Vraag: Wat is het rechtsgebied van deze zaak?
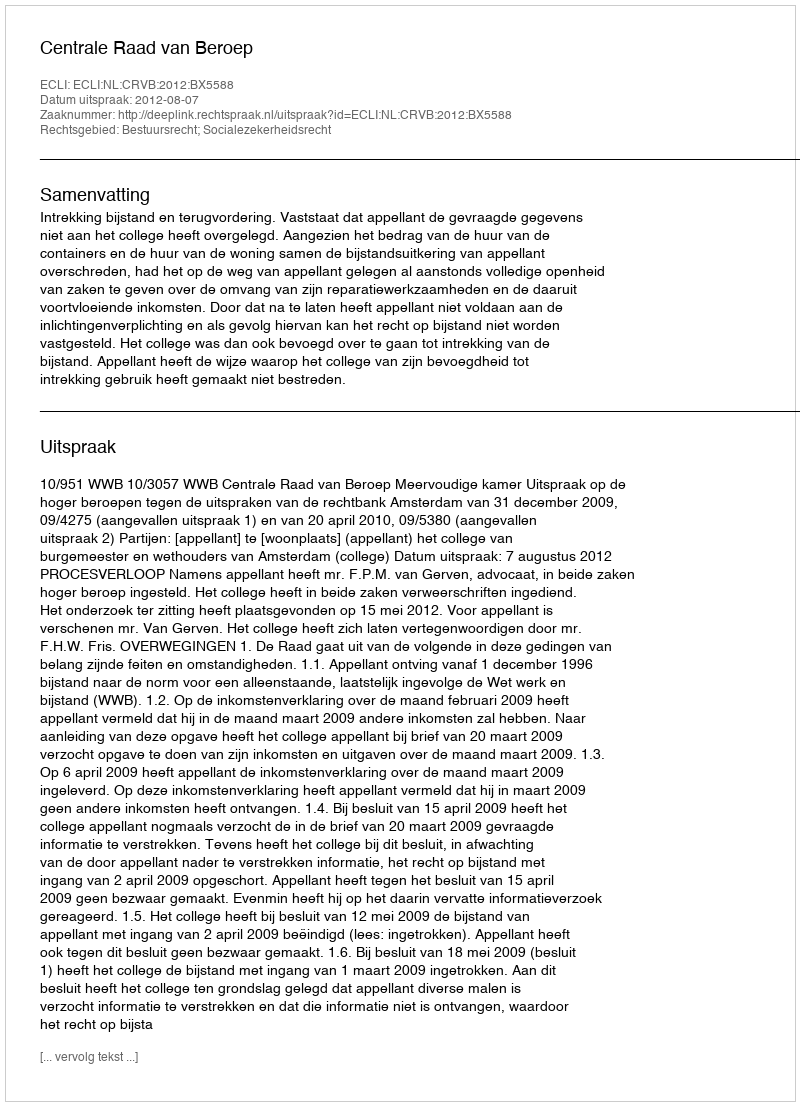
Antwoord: Bestuursrecht; Socialezekerheidsrecht